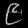
Digit: ၉